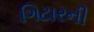
ગિટારની